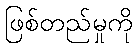
ဖြစ်တည်မှုကို